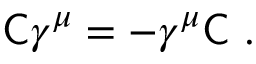
{ \mathsf { C } } \gamma ^ { \mu } = - \gamma ^ { \mu } { \mathsf { C } } ~ .